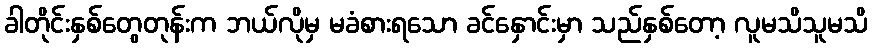
ခါတိုင်းနှစ်တွေတုန်းက ဘယ်လိုမှ မခံစားရသော ခင်နှောင်းမှာ သည်နှစ်တော့ လူမသိသူမသိ